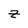
Character: z